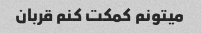
میتونم کمکت کنم قربان